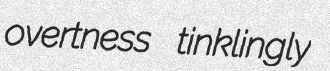
overtness tinklingly